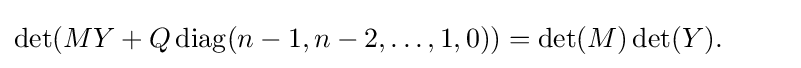
\det(MY+Q\,\mathrm {diag} (n-1,n-2,\dots ,1,0))=\det(M)\det(Y).~~~~~~~